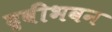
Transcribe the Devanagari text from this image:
द्रवीभवन